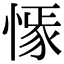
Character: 𢠟